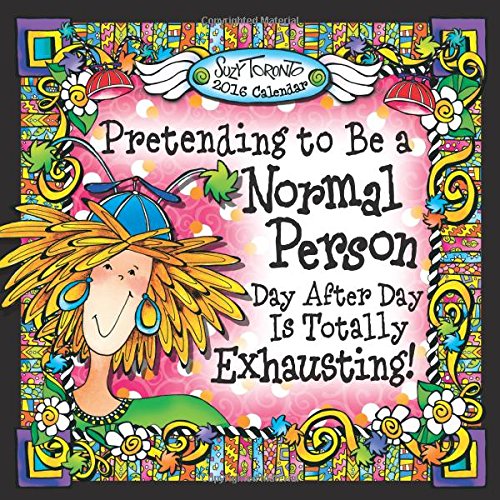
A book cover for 2016 Calendar: Pretending to Be a Normal Person Day After Day Is Totally Exhausting!; Suzy Toronto; Self-Help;